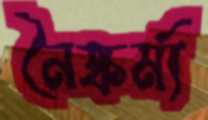
নৈষ্কর্ম্য